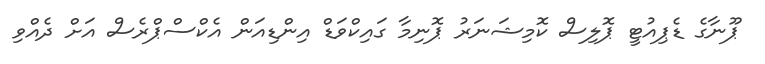
ޕޫނާގެ ޑެޕިއުޓީ ޕޮލިސް ކޮމިޝަނަރު ޕޮނިމާ ގައިކްވަޑް އިންޑިއަން އެކްސްޕްރެސް އަށް ދެއްވި